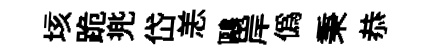
垓跪兠岱恙鷗岸偽秉恭